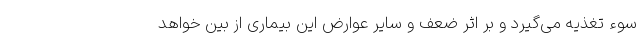
سوء تغذیه می‌گیرد و بر اثر ضعف و سایر عوارض این بیماری از بین خواهد